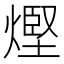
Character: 熞